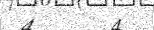
4      4